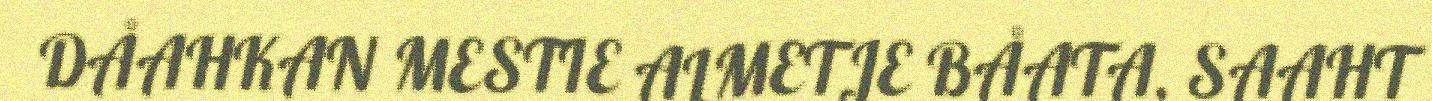
DÅAHKAN MESTIE ALMETJE BÅATA, SAAHT